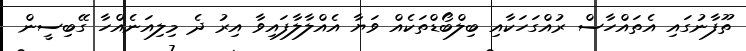
ތޫފާނުގައި އެތައްހާސް ރުއްގަހަކާއި ބިލްބޯޑްތަކެއް ވަޔާ އެއްލާލާފައިވާ އިރު ދެ މިލިއަނެއްހާ ގޭބިސީން